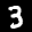
Label: 3